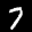
Label: 7